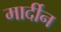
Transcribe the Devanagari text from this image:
मार्दीन